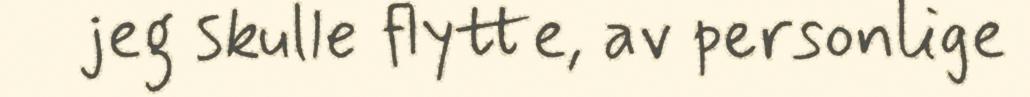
jeg skulle flytte, av personlige